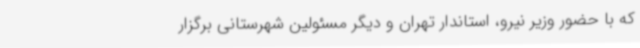
که با حضور وزیر نیرو، استاندار تهران و دیگر مسئولین شهرستانی برگزار